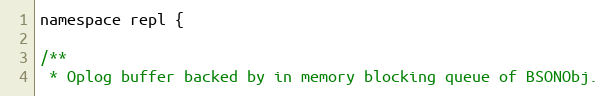
Language: C
namespace repl {

/**
 * Oplog buffer backed by in memory blocking queue of BSONObj.